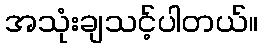
အသုံးချသင့်ပါတယ်။